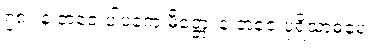
၇၈။ န ဘဇေ ပါပကေ မိတ္တေ၊ န ဘဇေ ပုရိသာဓမေ။